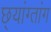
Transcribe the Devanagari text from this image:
छ्यांग्तांग